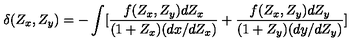
\delta ( Z _ { x } , Z _ { y } ) = - \int [ \frac { f ( Z _ { x } , Z _ { y } ) d Z _ { x } } { ( 1 + Z _ { x } ) ( d x / d Z _ { x } ) } + \frac { f ( Z _ { x } , Z _ { y } ) d Z _ { y } } { ( 1 + Z _ { y } ) ( d y / d Z _ { y } ) } ]